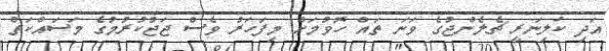
އަދި ކަލިނަރީ ޗެލެންޖުގެ ވަނަ ތައް ހޮވުމަށް މިފަހަރު ވެސް ޖަޖުކުރުމުގެ މަސައްކަތް